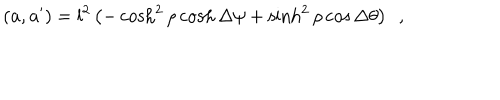
( { \bf a } , { \bf a ^ { \prime } } ) = l ^ { 2 } \left( - \cosh ^ { 2 } \rho \cosh \Delta \psi + \sinh ^ { 2 } \rho \cos \Delta \theta \right) ~ ~ ,